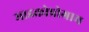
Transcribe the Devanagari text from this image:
माइक्रोप्रोग्राम